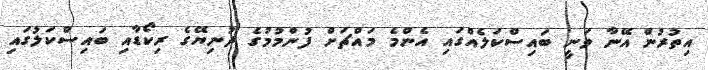
އިތުރުން އޭނާ ވަނީ ބައިސްކަލެއްގައި އެންމެ މައްޗަށް ފުންމުމުގެ ދުނިޔޭގެ ރިކޯޑާއި ބައިސްކަލުގައި